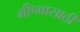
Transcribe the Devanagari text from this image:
भीष्मासाठी